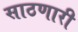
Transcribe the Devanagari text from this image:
साठणारी